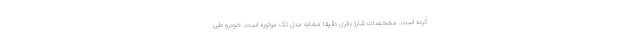
کرده است. مشخصات شارژ باتری دقیقا مشابه مدل تک موتوره است. خودرو طی